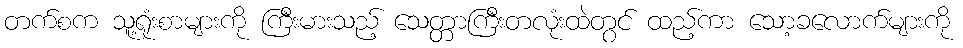
တက်စက သူ့ရုံးစာများကို ကြီးမားသည့် သေတ္တာကြီးတလုံးထဲတွင် ထည့်ကာ သော့ခလောက်များကို